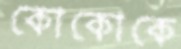
কোকোকে